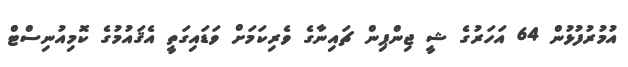
އުމުރުފުޅުން 64 އަހަރުގެ ޝީ ޖިންޕިން ޗައިނާގެ ވެރިކަމަށް ވަޑައިގަތީ އެޤައުމުގެ ކޮމިއުނިސްޓް